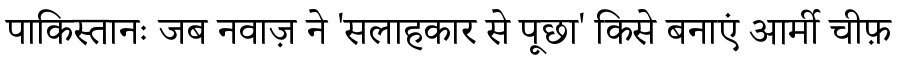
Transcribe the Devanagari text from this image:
पाकिस्तानः जब नवाज़ ने 'सलाहकार से पूछा' किसे बनाएं आर्मी चीफ़